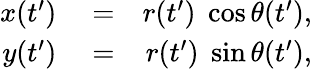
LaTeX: \begin{array}{rlr}{x(t^{\prime})}&{{}=}&{r(t^{\prime})\; \cos\theta(t^{\prime}),}\\ {y(t^{\prime})}&{{}=}&{r(t^{\prime})\; \sin\theta(t^{\prime}),}\end{array}